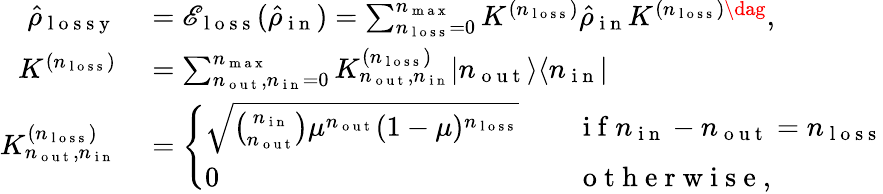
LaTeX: \begin{array}{rl}{\hat{\rho}_{\mathrm{~l~o~s~s~y~}}}&{{}=\mathscr{E}_{\mathrm{~l~o~s~s~}}(\hat{\rho}_{\mathrm{~i~n~}})=\sum_{n_{\mathrm{~l~o~s~s~}}=0}^{n_{\mathrm{~m~a~x~}}}K^{(n_{\mathrm{~l~o~s~s~}})}\hat{\rho}_{\mathrm{~i~n~}}K^{(n_{\mathrm{~l~o~s~s~}})\dag},}\\ {K^{(n_{\mathrm{~l~o~s~s~}})}}&{{}=\sum_{n_{\mathrm{~o~u~t~}},n_{\mathrm{~i~n~}}=0}^{n_{\mathrm{~m~a~x~}}}K_{n_{\mathrm{~o~u~t~}},n_{\mathrm{~i~n~}}}^{(n_{\mathrm{~l~o~s~s~}})}\vert n_{\mathrm{~o~u~t~}}\rangle\langle n_{\mathrm{~i~n~}}\vert}\\ {K_{n_{\mathrm{~o~u~t~}},n_{\mathrm{~i~n~}}}^{(n_{\mathrm{~l~o~s~s~}})}}&{{}=\left\{ \begin{array}{ll}{\sqrt{\binom{n_{\mathrm{~i~n~}}}{n_{\mathrm{~o~u~t~}}}\mu^{n_{\mathrm{~o~u~t~}}}(1-\mu)^{n_{\mathrm{~l~o~s~s~}}}}}&{\quad\mathrm{~i~f~}n_{\mathrm{~i~n~}}-n_{\mathrm{~o~u~t~}}=n_{\mathrm{~l~o~s~s~}}}\\ {0}&{\quad\mathrm{~o~t~h~e~r~w~i~s~e~},}\end{array}\right.}\end{array}